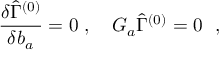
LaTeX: { { \frac { \delta \widehat \Gamma ^ { ( 0 ) } } { \delta b _ { a } } } } = 0 \ , \quad { \cal G } _ { a } \widehat { \Gamma } ^ { ( 0 ) } = 0 ~ ~ ,